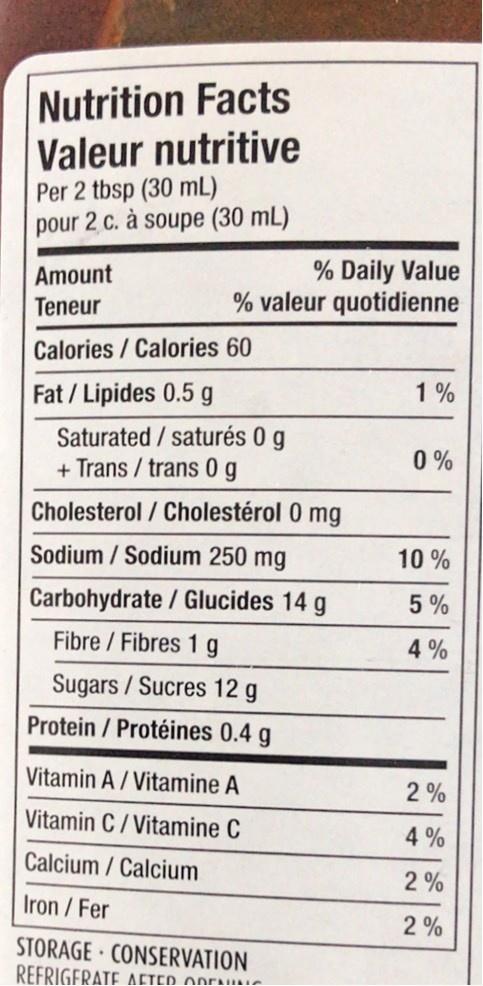
Nutrition Facts Valeur nutritive Per 2 tbsp (30 mL) pour 2 c. à soupe (30 mL)
% Daily Value % valeur quotidienne
Amount
Teneur
Calories / Calories 60
Fat / Lipides 0.5 g
1 %
Saturated / saturés 0 g + Trans / trans 0g
0 %
Cholesterol / Cholestérol 0 mg
Sodium / Sodium 250 mg
10 %
Carbohydrate / Glucides 14 g
5 %
Fibre / Fibres 1g
4 %
Sugars / Sucres 12 g
Protein / Protéines 0.4 g
Vitamin A / Vitamine A
2 %
Vitamin C/ Vitamine C
4 %
Calcium / Calcium
2%
Iron / Fer
2 %
STORAGE CONSERVATION REFRIGERATE AETED ODEN